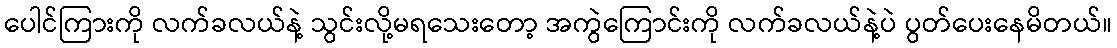
ပေါင်ကြားကို လက်ခလယ်နဲ့ သွင်းလို့မရသေးတော့ အကွဲကြောင်းကို လက်ခလယ်နဲ့ပဲ ပွတ်ပေးနေမိတယ်။